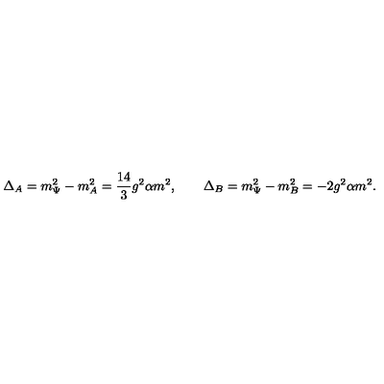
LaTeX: \Delta _ { A } = m _ { \Psi } ^ { 2 } - m _ { A } ^ { 2 } = \frac { 1 4 } { 3 } g ^ { 2 } \alpha m ^ { 2 } , \qquad \Delta _ { B } = m _ { \Psi } ^ { 2 } - m _ { B } ^ { 2 } = - 2 g ^ { 2 } \alpha m ^ { 2 } .